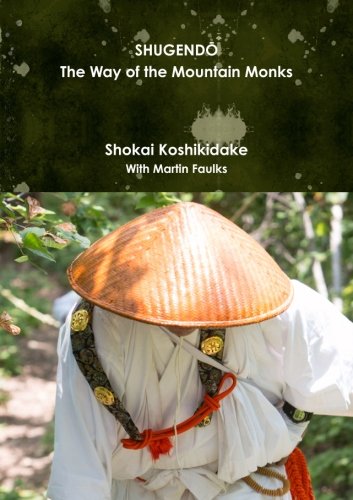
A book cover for Shugendo: The Way of the Mountain Monks; Shokai Koshikidake; Religion & Spirituality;